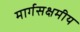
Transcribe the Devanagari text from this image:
मार्गसक्षमीय